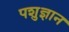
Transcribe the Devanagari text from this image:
पशुज्ञान